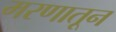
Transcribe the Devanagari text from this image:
मरणातून